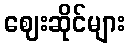
ဈေးဆိုင်များ